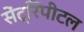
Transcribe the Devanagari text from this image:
सेंट्रिपीटल